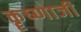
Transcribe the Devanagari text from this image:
कॄष्‍णाजी